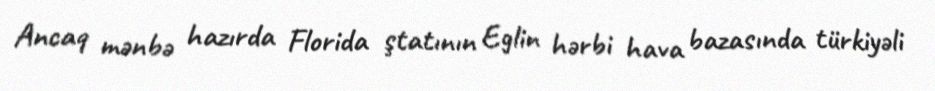
Ancaq mənbə hazırda Florida ştatının Eglin hərbi hava bazasında türkiyəli